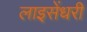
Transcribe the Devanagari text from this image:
लाइसेंधरी